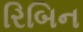
રિબિન